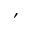
'